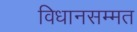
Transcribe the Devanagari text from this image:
विधानसम्मत